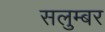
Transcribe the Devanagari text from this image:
सलुम्‍बर